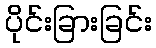
ပိုင်းခြားခြင်း